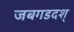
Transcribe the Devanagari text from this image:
जबगडदश्